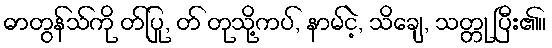
ဓာတွန်သ်ကို တ်ပြု, တ် တုသို့ကပ်, နာမ်ငဲ့, သိချေ, သတ္တု ပြီး၏။